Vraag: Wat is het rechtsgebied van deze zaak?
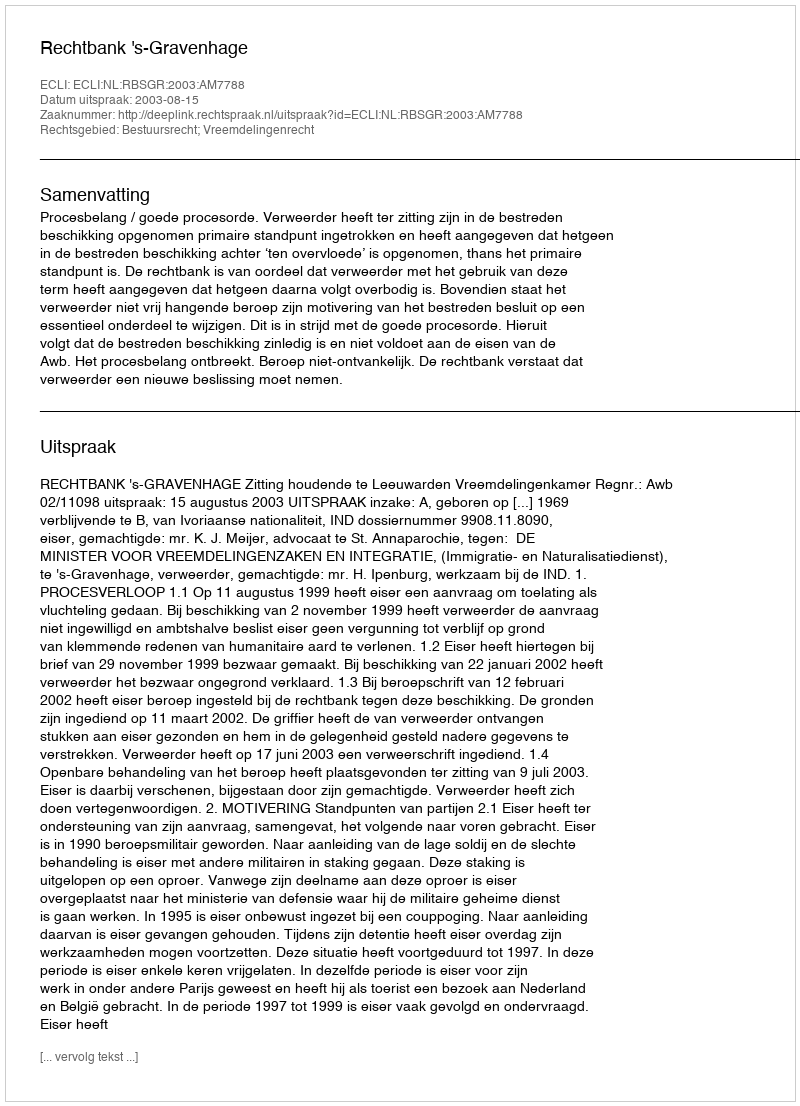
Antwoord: Bestuursrecht; Vreemdelingenrecht